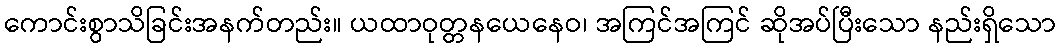
ကောင်းစွာသိခြင်းအနက်တည်း။ ယထာဝုတ္တနယေနေဝ၊ အကြင်အကြင် ဆိုအပ်ပြီးသော နည်းရှိသော